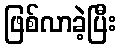
ဖြစ်လာခဲ့ပြီး